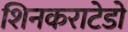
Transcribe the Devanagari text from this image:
शिनकराटेडो